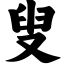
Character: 叟